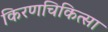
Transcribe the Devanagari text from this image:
किरणचिकित्सा